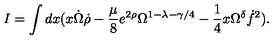
I = \int d x ( x \dot { \Omega } \dot { \rho } - \frac { \mu } { 8 } e ^ { 2 \rho } \Omega ^ { 1 - \lambda - \gamma / 4 } - \frac { 1 } { 4 } x \Omega ^ { \delta } \dot { f } ^ { 2 } ) .